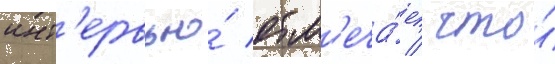
инт'ервью́ отм'еча́ет / что́